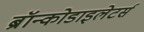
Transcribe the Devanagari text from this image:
ब्रॉन्कोडाइलेटर्स